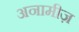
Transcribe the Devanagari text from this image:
अनामीज़